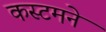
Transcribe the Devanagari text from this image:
कस्टमने